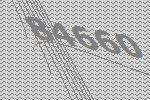
84660